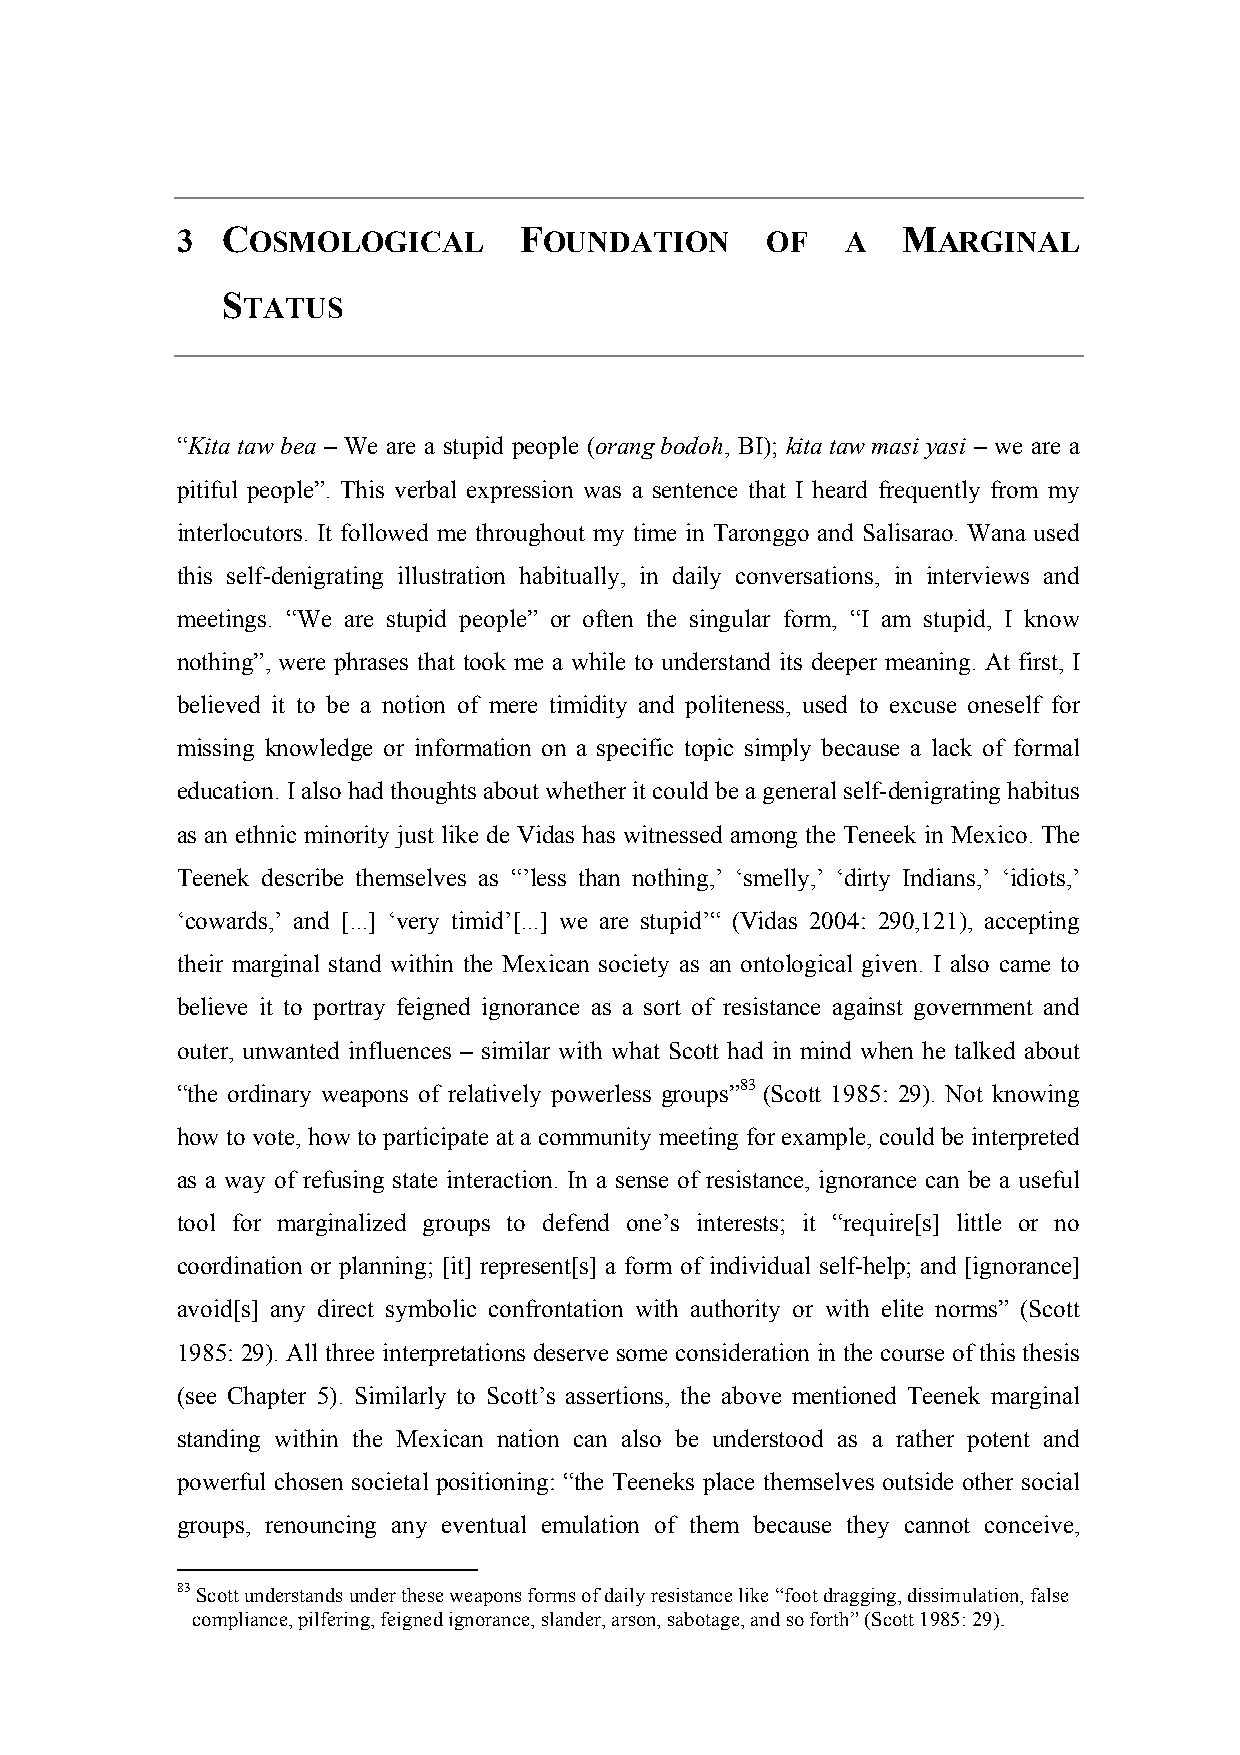
3  COSMOLOGICAL       FOUNDATION       OF   A   MARGINAL
 STATUS
 “Kita taw bea – We are a stupid people (orang bodoh, BI); kita taw masi yasi – we are a
 pitiful people”. This verbal expression was a sentence that I heard frequently from my
 interlocutors. It followed me throughout my time in Taronggo and Salisarao. Wana used
 this self-denigrating illustration habitually, in daily conversations, in interviews and
 meetings. “We are stupid people” or often the singular form, “I am stupid, I know
 nothing”, were phrases that took me a while to understand its deeper meaning. At first, I
 believed it to be a notion of mere timidity and politeness, used to excuse oneself for
 missing knowledge or information on a specific topic simply because a lack of formal
 education. I also had thoughts about whether it could be a general self-denigrating habitus
 as an ethnic minority just like de Vidas has witnessed among the Teneek in Mexico. The
 Teenek describe themselves as “’less than nothing,’ ‘smelly,’ ‘dirty Indians,’ ‘idiots,’
 ‘cowards,’ and [...] ‘very timid’[...] we are stupid’“ (Vidas 2004: 290,121), accepting
 their marginal stand within the Mexican society as an ontological given. I also came to
 believe it to portray feigned ignorance as a sort of resistance against government and
 outer, unwanted influences – similar with what Scott had in mind when he talked about
 “the ordinary weapons of relatively powerless groups”83 (Scott 1985: 29). Not knowing
 how to vote, how to participate at a community meeting for example, could be interpreted
 as a way of refusing state interaction. In a sense of resistance, ignorance can be a useful
 tool for marginalized groups to defend one’s interests; it “require[s] little or no
 coordination or planning; [it] represent[s] a form of individual self-help; and [ignorance]
 avoid[s] any direct symbolic confrontation with authority or with elite norms” (Scott
 1985: 29). All three interpretations deserve some consideration in the course of this thesis
 (see Chapter 5). Similarly to Scott’s assertions, the above mentioned Teenek marginal
 standing within the Mexican nation can also be understood as a rather potent and
 powerful chosen societal positioning: “the Teeneks place themselves outside other social
 groups, renouncing any eventual emulation of them because they cannot conceive,
 83 Scott understands under these weapons forms of daily resistance like “foot dragging, dissimulation, false
 compliance, pilfering, feigned ignorance, slander, arson, sabotage, and so forth” (Scott 1985: 29).